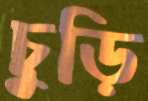
চুড়ি